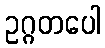
ဥဂ္ဂတပေါ